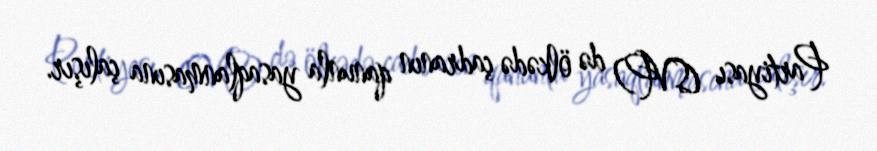
Partiyası (SVP) də ölkədə çadranın qanunla yasaqlanmasına çalışır.